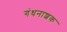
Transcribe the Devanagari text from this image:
गंधनाशक